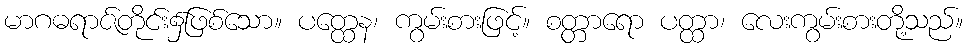
မာဂဓရာဇ်တိုင်း၌ဖြစ်သော။ ပတ္ထေန၊ ကွမ်းစားဖြင့်။ စတ္တာရော ပတ္ထာ၊ လေးကွမ်းစားတို့သည်။